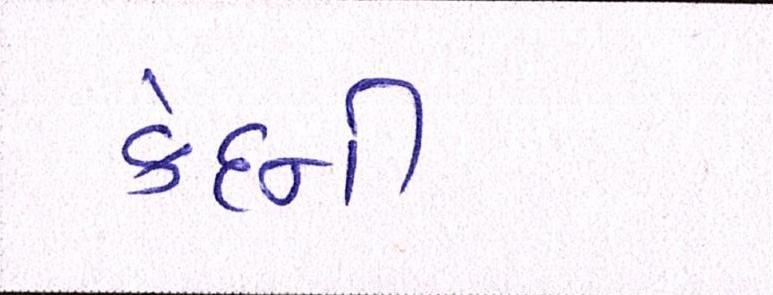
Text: કેદની